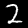
Label: 2